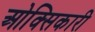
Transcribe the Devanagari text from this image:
ओक्सिकारी